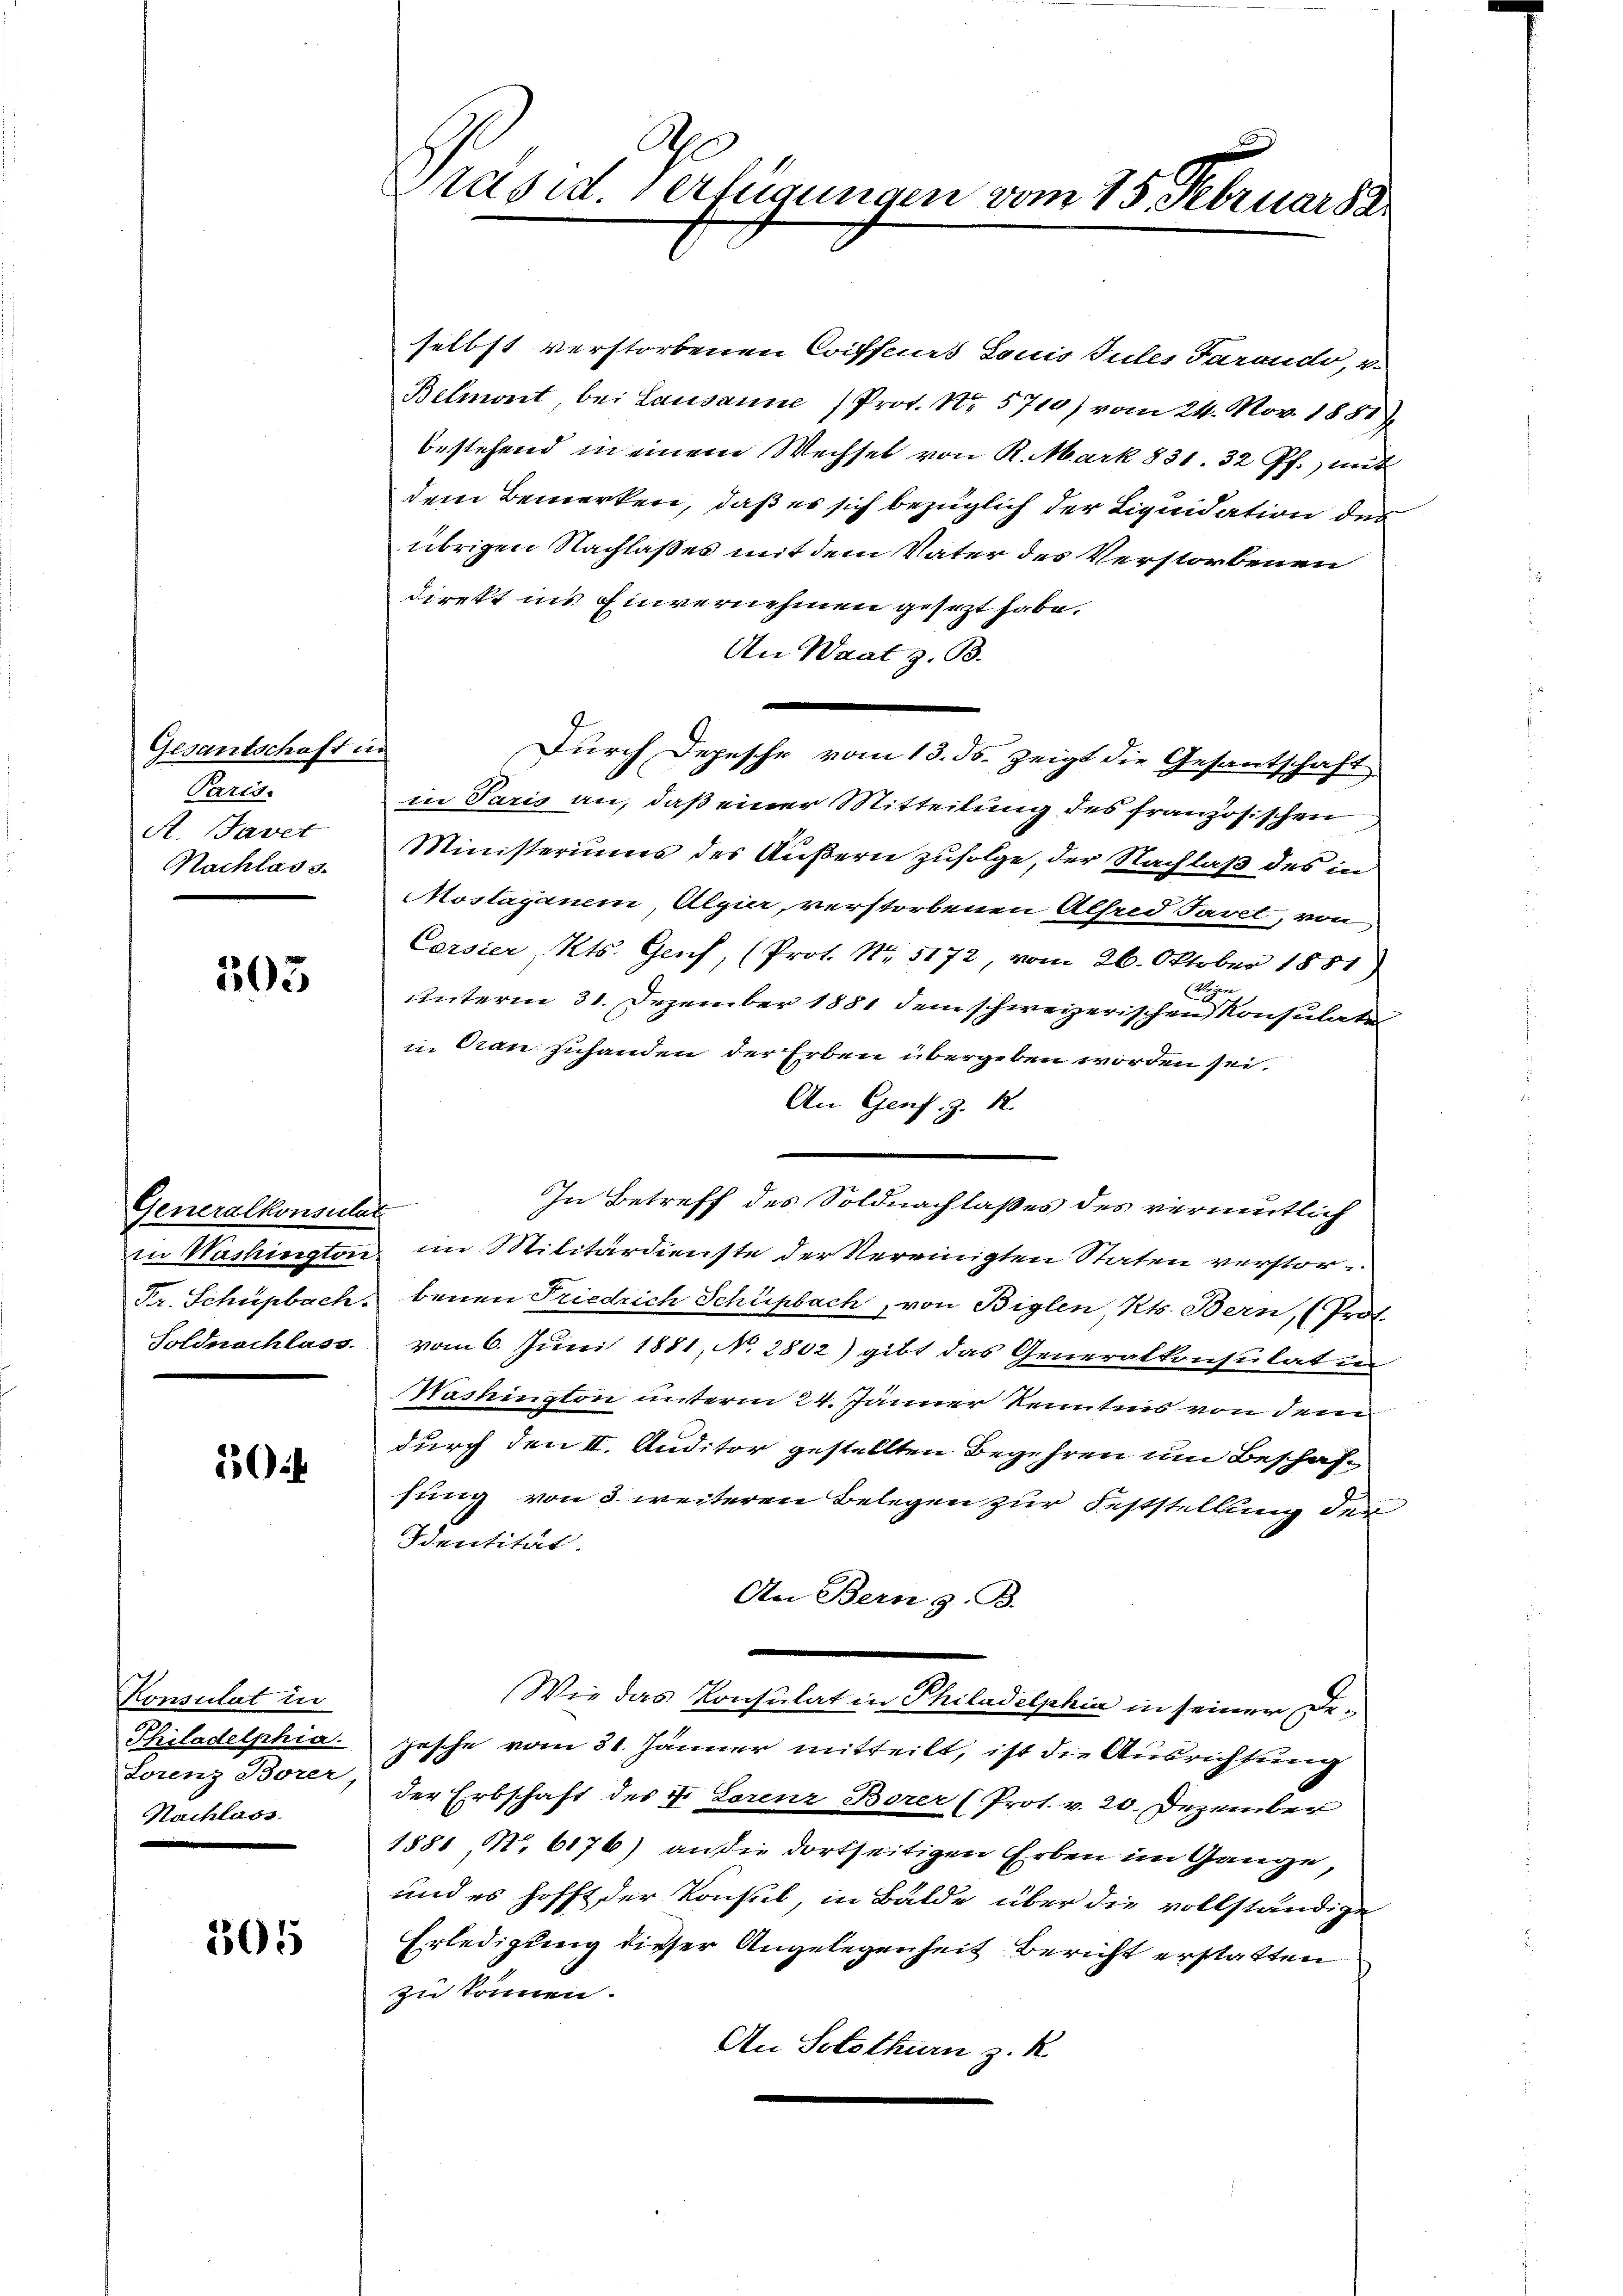
Gesantschaft in
Paris.
A. Tavet
Nachlass.

303

Generalkonsular
Soldnachlass.

504

Konsulat in
Philadelphia
Lorenz Borer,
Nachlass

3015

selbst verstorbenen Coiffeurs Louis Jules Tarondo, u
Belmont, bei Lausanne Prot. No. 5710) vom 24. Nov. 1881
bestehend in einem Wechsel von K. Mark 831. 32 Pf., mit
dem Bemerken, daß es sich bezüglich der Liquidation des
übrigen Nachlaßes mit dem Vater des Verstorbenen
direkt ins Einvernehmen gesezt habe.
An Waat z. B.
e
Durch Depesche vom 13. ds. zeigt die Gesantschaft
in Paris an, daß einer Mitteilung des französischen
Ministeriums des Äußern zufolge, der Nachlaß des in
Moslaganen, Algier, verstorbenen Alfred Tavet, von
Cersier, Kts. Genf, (Prot. Nr. 5172, vom 26. Oktober 1851)
Weigene
unterm 31. Dezember 1881 dem schweizerischen Konsulate
in Dran zuhanden der Erben übergeben worden sei.
An Genf. Z. 12.
In Betreff des Soldnachlaßes des vermutlich
in Washingten im Militärdienste der Vereinigten Staten verstor¬
Fr. Schüpbach, benen Friedrich Schüpbach, von Biglen, Kts. Bern, (Prof.
vom 6. Juni 1881, No. 2802) gibt das Generalkonsulatur
Washington unterm 24. Jänner Kenntnis von dem
durch den II. Auditor gestellten Begehren um Beschafhung von 3. weiteren Belegen zur Feststellung der
Identität.
An Bern z. B.
Wie das Konsulat in Philadelphia in seiner De¬
Zesche vom 31. Jänner mitteilt, ist die Ausrichtung
der Erbschaft des Fr. Lorenz Borer (Prot. v. 20. Dezember
1881 No 6176) an die dortseitigen Erben im Gange,
und es hofft der Konsul, in Bälde über die vollständige
Erledigung dieser Angelegenheit Bericht erstatten
zu können.
An Solothurn z. R.

Präsid. Verfügungen vom 15. Februar 18